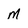
Character: M